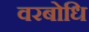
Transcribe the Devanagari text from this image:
वरबोधि